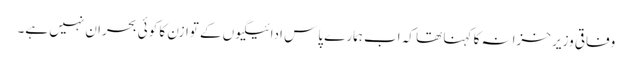
وفاقی وزیر خزانہ کا کہنا تھا کہ اب ہمارے پاس ادائیگیوں کے توازن کا کوئی بحران نہیں ہے۔